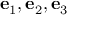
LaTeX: \mathbf { e } _ { 1 } , \mathbf { e } _ { 2 } , \mathbf { e } _ { 3 }